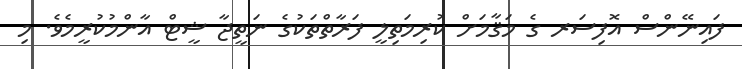
ފައިނޭންސް އޮފިސަރ ގެ މަޤާމަށް ކުރިމަތިލީ ފަރާތްތަކުގެ ނަތީޖާ ޝީޓް އާންމުކުރީމެވެ. މި